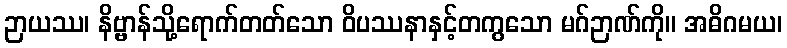
ဉာယဿ၊ နိဗ္ဗာန်သို့ရောက်တတ်သော ဝိပဿနာနှင့်တကွသော မဂ်ဉာဏ်ကို။ အဓိဂမယ၊